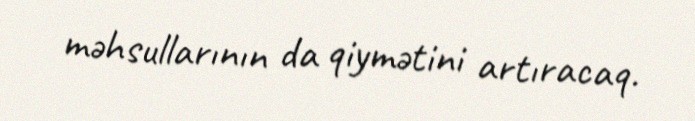
məhsullarının da qiymətini artıracaq.